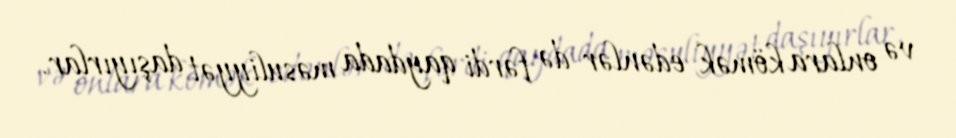
və onlara kömək edənlər də fərdi qaydada məsuliyyət daşıyırlar.